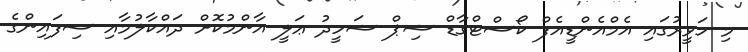
މި ހަވީރުގައި އެމްއެންޑީއެފް ކޯސްޓްގާޑް ޝިޕް ޝަހީދު ޢަލީ އާންމުކޮށް ދައްކާލުމާއި ސިފައިންގެ